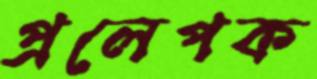
প্রলেপক